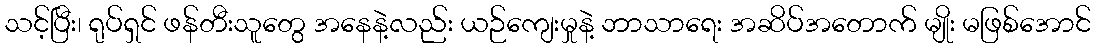
သင့်ပြီး၊ ရုပ်ရှင် ဖန်တီးသူတွေ အနေနဲ့လည်း ယဉ်ကျေးမှုနဲ့ ဘာသာရေး အဆိပ်အတောက် မျိုး မဖြစ်အောင်